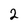
Character: 2